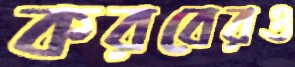
করবেরও